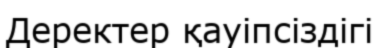
Деректер қауіпсіздігі